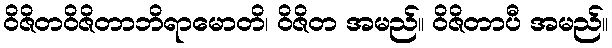
ဝိဇိတဝိဇိတာဘိရာမောတိ၊ ဝိဇိတ အမည်။ ဝိဇိတာပီ အမည်။